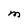
Character: m